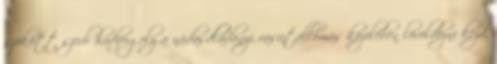
szökött szerb hadifogoly a nádasdladányi vasútállomás közelében lövöldözni kezd,